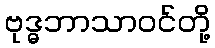
ဗုဒ္ဓဘာသာဝင်တို့